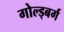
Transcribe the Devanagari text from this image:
गोल्ड्बर्ग